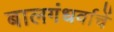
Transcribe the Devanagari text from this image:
बालगंधर्वाचें